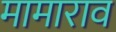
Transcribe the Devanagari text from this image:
मामाराव